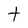
Character: t